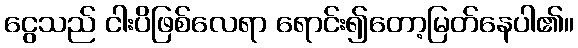
ငွေသည် ငါးပိဖြစ်လေရာ ရောင်း၍တော့မြတ်နေပါ၏။